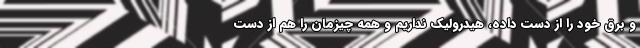
و برق خود را از دست داده، هیدرولیک نداریم و همه چیزمان را هم از دست